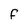
Character: F